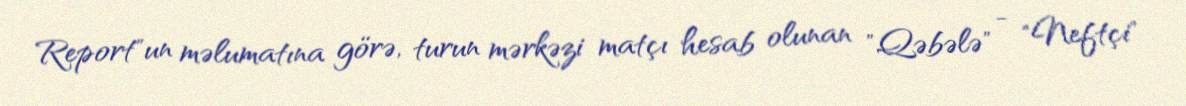
Report"un məlumatına görə, turun mərkəzi matçı hesab olunan "Qəbələ" - "Neftçi"